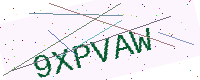
Text: 9XPVAW